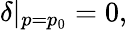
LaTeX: \delta|_{p=p_{0}}=0,